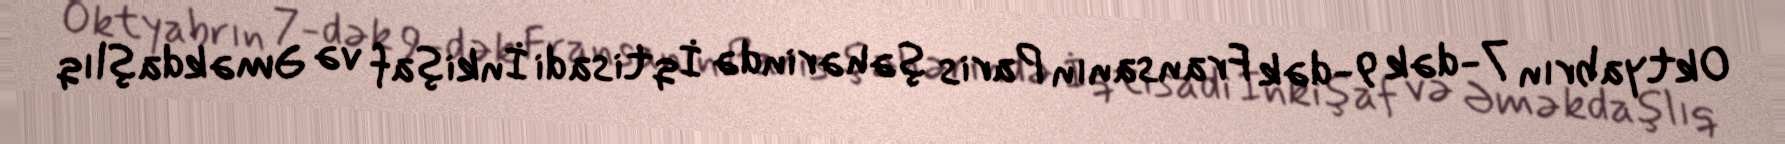
Oktyabrın 7-dək 9-dək Fransanın Paris şəhərində İqtisadi İnkişaf və Əməkdaşlıq